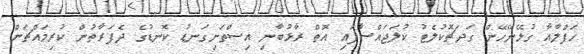
ހަފްލާއާ ގުޅޭނޭހޭން ގަދަޗޮކުލެޓު ކުލަޖައްސާފައި އޮތް ރާޅުބާނި އިސްތަށިގަނޑު ކޮނޑުގެ ދެފަރާތުން ކުރިމައްޗަށް